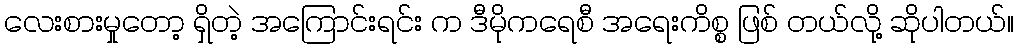
လေးစားမှုတော့ ရှိတဲ့ အကြောင်းရင်း က ဒီမိုကရေစီ အရေးကိစ္စ ဖြစ် တယ်လို့ ဆိုပါတယ်။